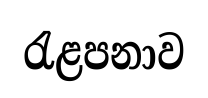
රැළපනාව